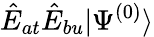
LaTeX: \hat{E}_{at}\hat{E}_{bu}|\Psi^{(0)}\rangle